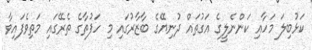
ކަޅުބިލަ މަހާއި ކަންނެލީގެ އަގުތައް ދުނިޔޭގެ ބާޒާރުގައި މި ހަފުތާގެ ތެރޭގައި މަތިވެފައިވާ